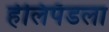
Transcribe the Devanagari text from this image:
हेलिपॅडला